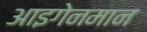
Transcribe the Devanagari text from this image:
आइगेनमान